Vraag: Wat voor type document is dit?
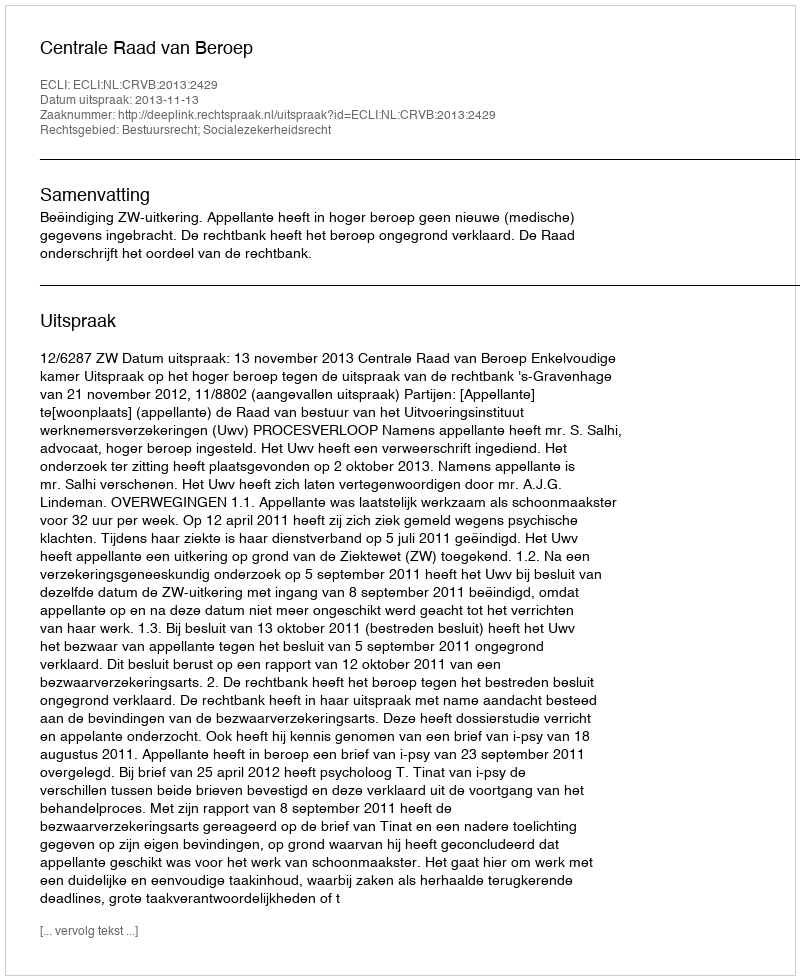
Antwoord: Uitspraak